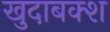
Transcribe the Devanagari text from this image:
खुदाबक्‍श